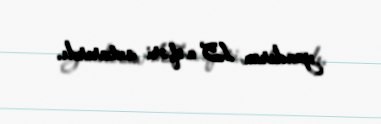
yandıran 15 nəfəri axtarırdı.